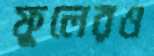
ফুলেরও